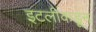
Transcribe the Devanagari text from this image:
इटलीकडून